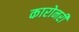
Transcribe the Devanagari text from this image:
कारोनरी